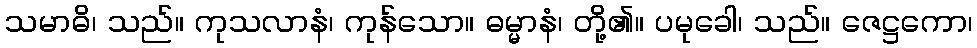
သမာဓိ၊ သည်။ ကုသလာနံ၊ ကုန်သော။ ဓမ္မာနံ၊ တို့၏။ ပမုခေါ၊ သည်။ ဇေဋ္ဌကော၊